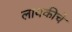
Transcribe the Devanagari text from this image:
लायकीचे